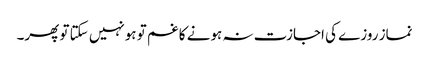
نماز روزے کی اجازت نہ ہونے کا غم تو ہونہیں سکتا تو پھر۔